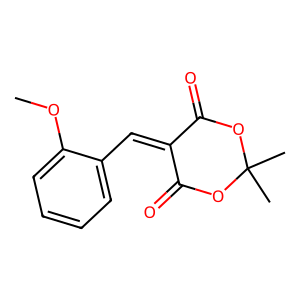
SMILES: COc1ccccc1C=C1C(=O)OC(C)(C)OC1=O
Inhibits HIV replication: No